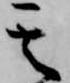
其